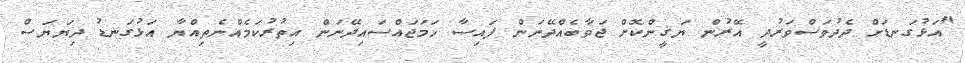
"އަޅުގަނޑަށް ދެދުވަސްވަރުދީ އޭރުން ޔަޤީންކޮށް ޖަވާބެއްދޭނަން ފައިސާ ހަމަޖައްސައިދޭނަން އިތުރުކަމެއްނެތިއްޔާ އަޅުގަނޑު ދިޔަޔަސް